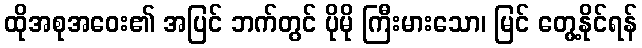
ထိုအစုအဝေး၏ အပြင် ဘက်တွင် ပိုမို ကြီးမားသော၊ မြင် တွေ့နိုင်ရန်